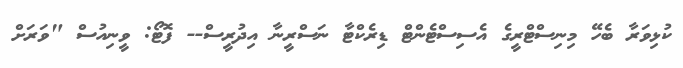
ކުޅިވަރާ ބެހޭ މިނިސްޓްރީގެ އެސިސްޓެންޓް ޑިރެކްޓާ ނަސްރީނާ އިދުރީސް-- ފޮޓޯ: ވީނިއުސް "ވަރަށް